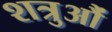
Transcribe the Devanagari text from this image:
शत्रुऔं